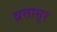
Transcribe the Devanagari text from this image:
व्रत्तासुर